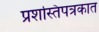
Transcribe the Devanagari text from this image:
प्रशस्तिपत्रकात